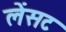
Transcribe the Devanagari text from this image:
लेंसट